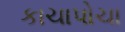
કાચાપોચા